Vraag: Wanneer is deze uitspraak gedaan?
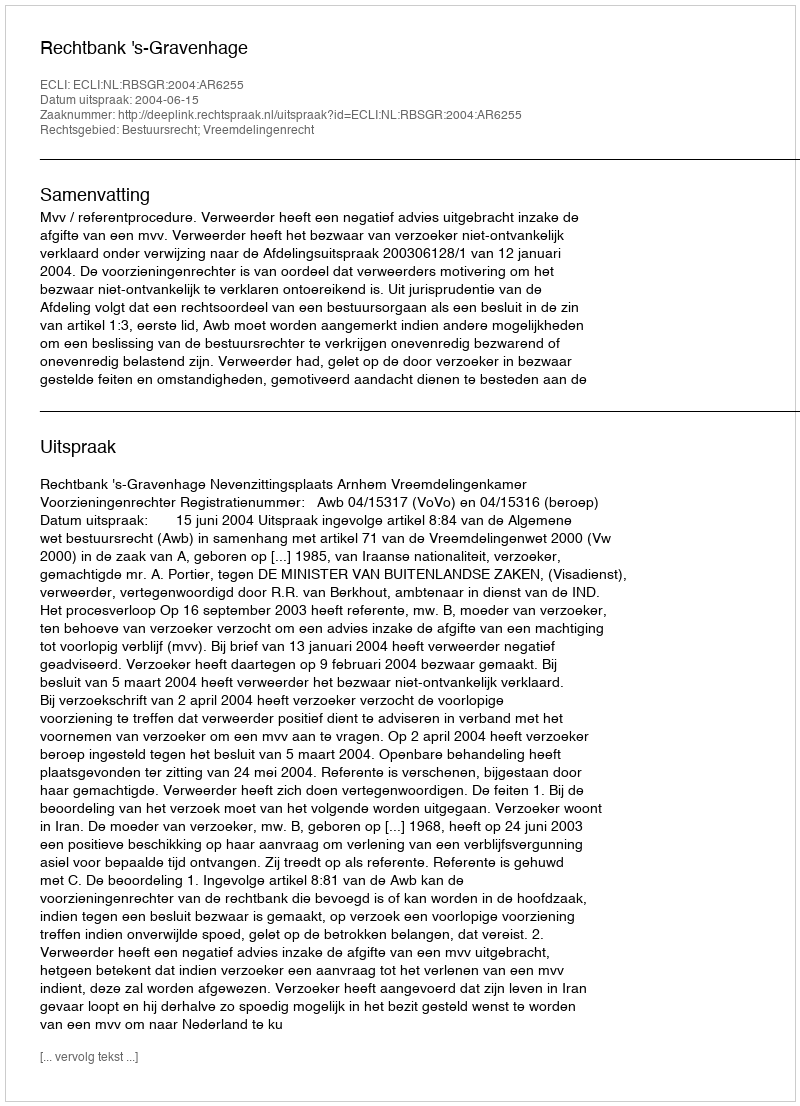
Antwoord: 2004-06-15